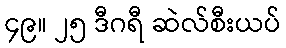
၄၉။ ၂၅ ဒီဂရီ ဆဲလ်စီးယပ်